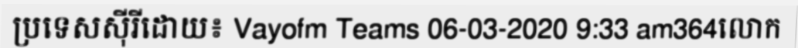
ប្រទេសស៊ីរីដោយ៖ Vayofm Teams 06-03-2020 9:33 am364លោក